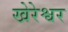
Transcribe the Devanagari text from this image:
खेरेश्वर